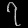
Digit: ၇